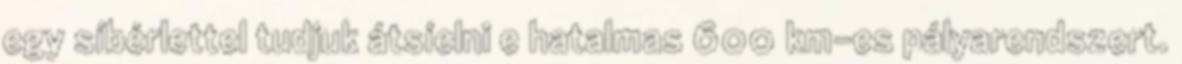
egy síbérlettel tudjuk átsíelni e hatalmas 600 km-es pályarendszert.